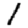
Digit: 1